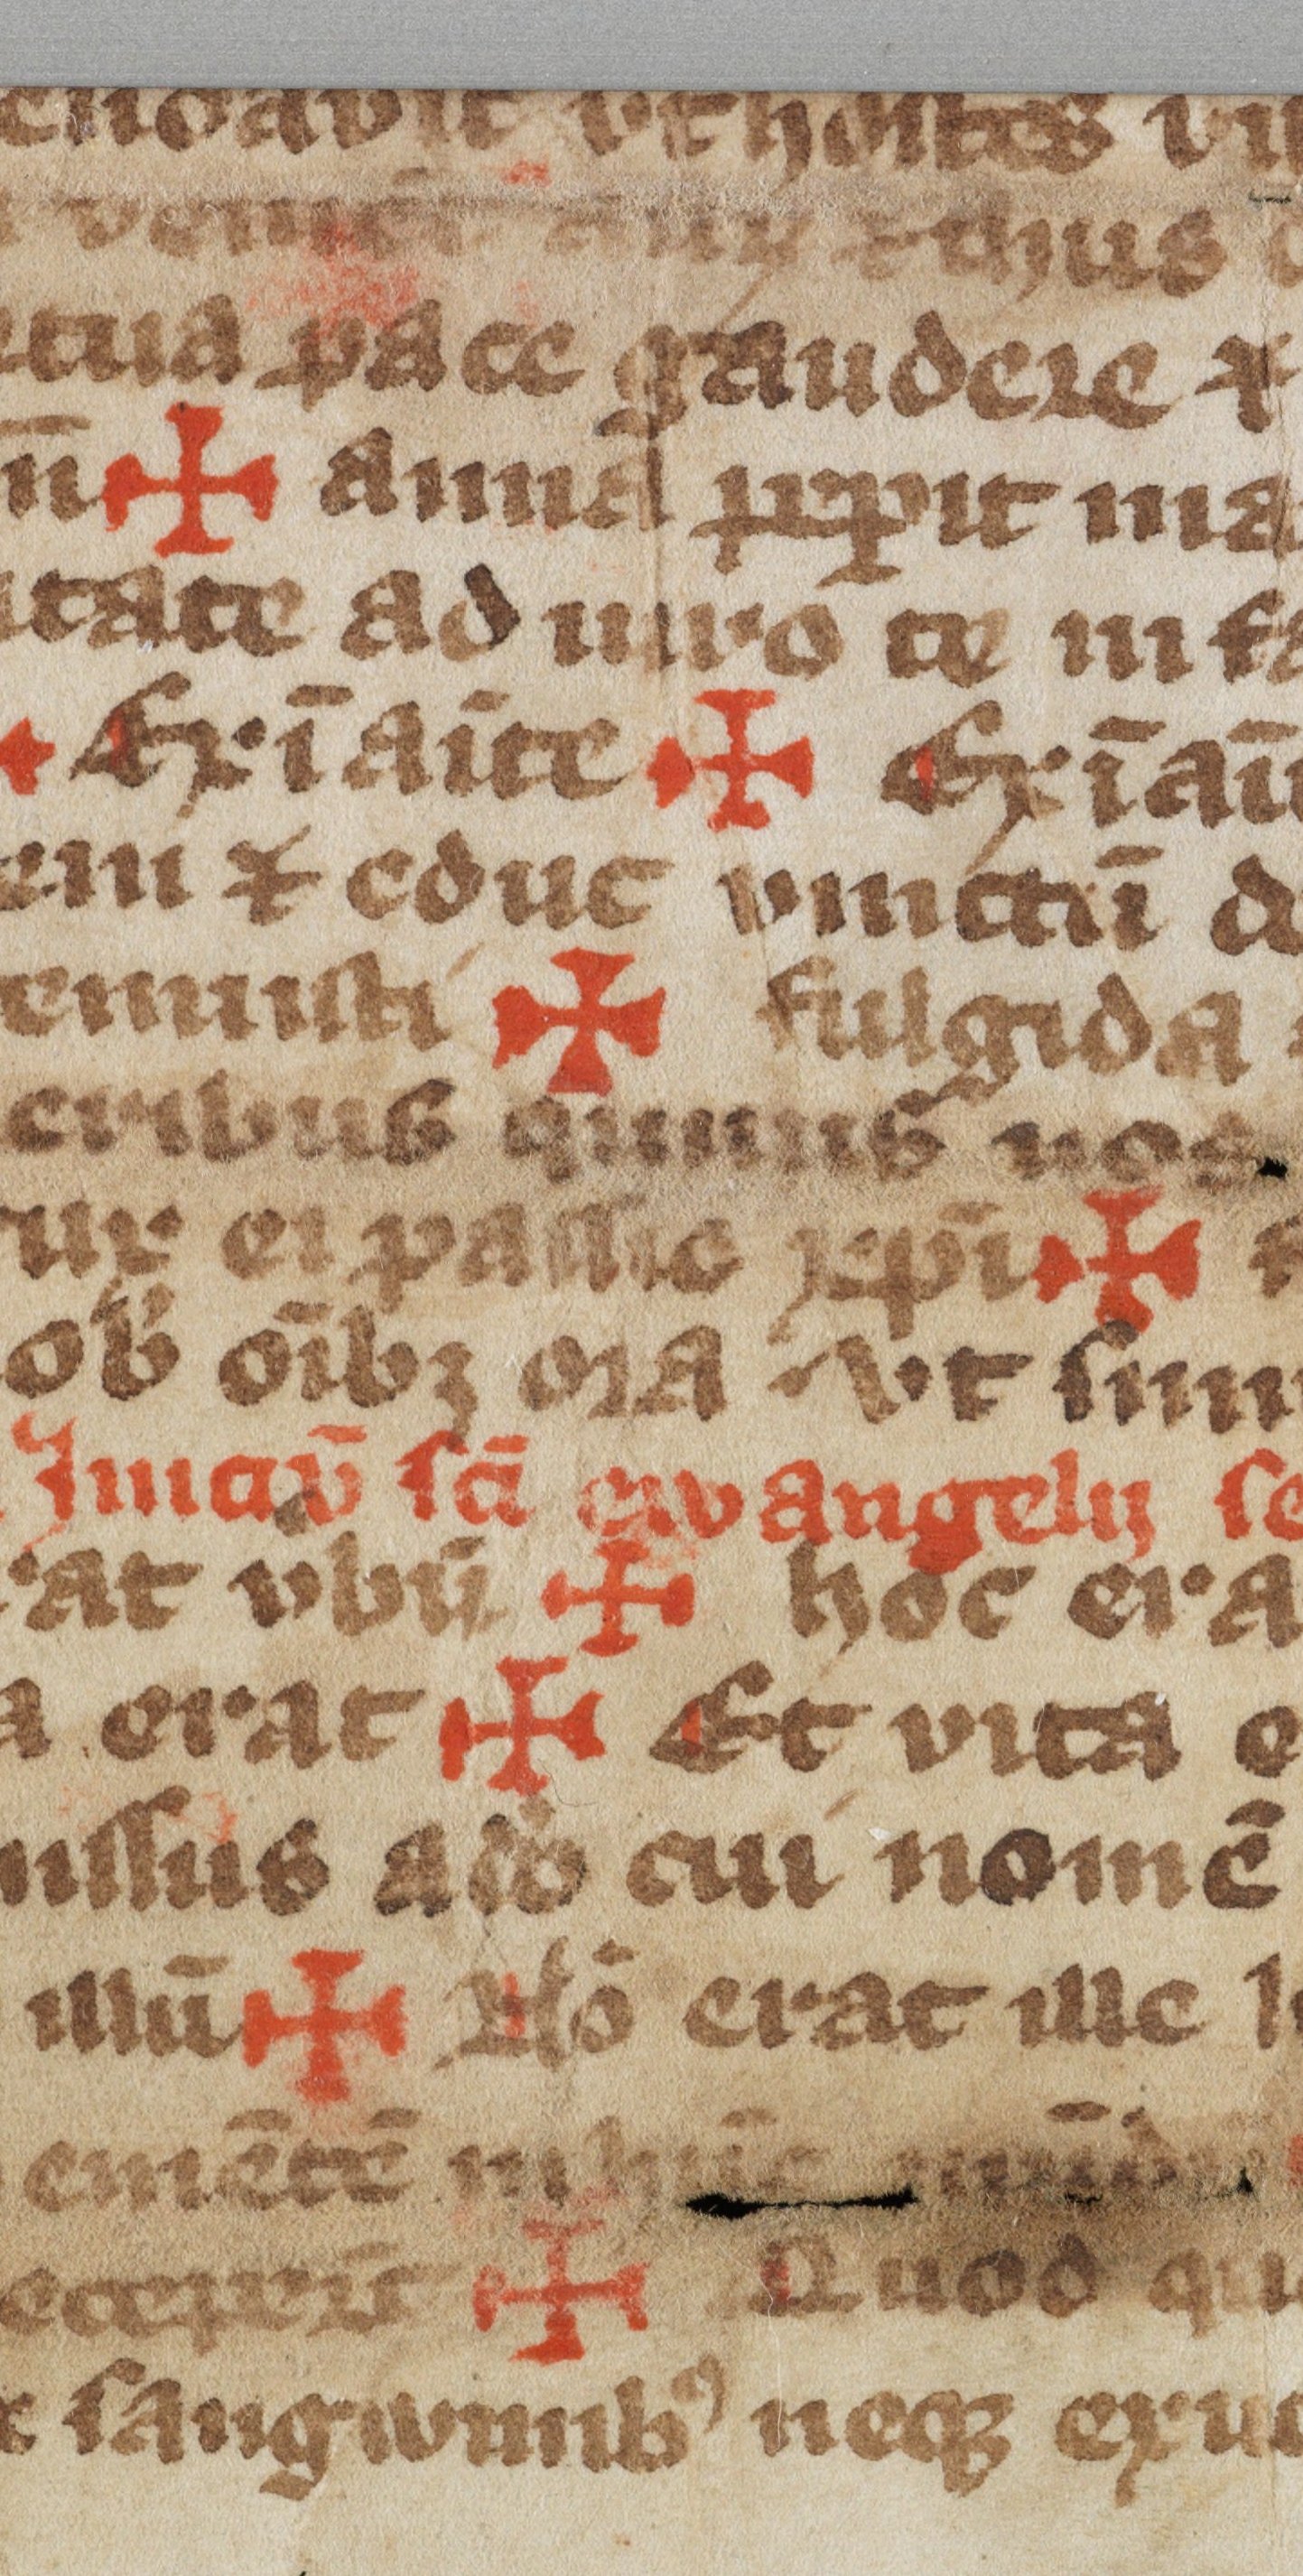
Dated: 1300–1399